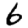
Digit: 6